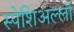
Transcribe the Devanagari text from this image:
स्पेशिअल्ली